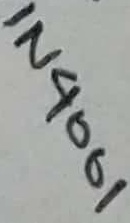
Text: IN4001